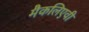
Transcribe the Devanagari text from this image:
मैकलिएवी